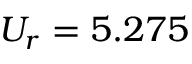
U _ { r } = 5 . 2 7 5